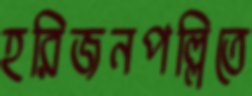
হরিজনপল্লিতে